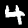
Digit: 4